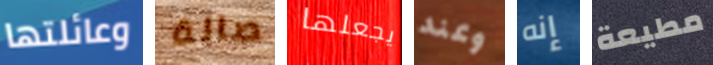
وعائلتها صالة يجعلها وعند إنه مطيعة